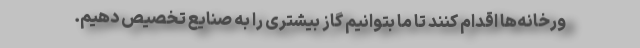
ورخانه‌ها اقدام کنند تا ما بتوانیم گاز بیشتری را به صنایع تخصیص دهیم.